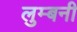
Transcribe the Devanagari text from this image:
लुम्बनी